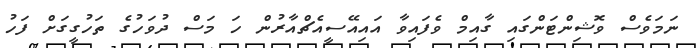
ނަމަވެސް ވޮޝިންޓަންގައި ގާއިމް ވެފައިވާ އައިއޭސީއެޗްއާރުން ހަ މަސް ދުވަހުގެ ތަހުގީގަށް ފަހު